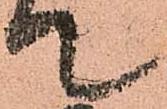
て